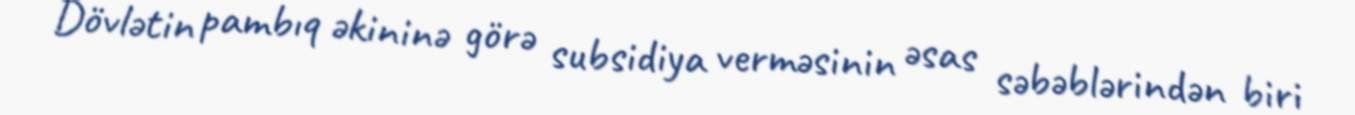
Dövlətin pambıq əkininə görə subsidiya verməsinin əsas səbəblərindən biri